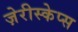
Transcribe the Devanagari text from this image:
ज़ेरीस्‍केप्‍स